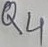
Text: Q4